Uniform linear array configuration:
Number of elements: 4
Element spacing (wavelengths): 0.75
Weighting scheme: kaiser
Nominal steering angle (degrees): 0
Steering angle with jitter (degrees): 1.243
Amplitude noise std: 0.05
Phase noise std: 0.05

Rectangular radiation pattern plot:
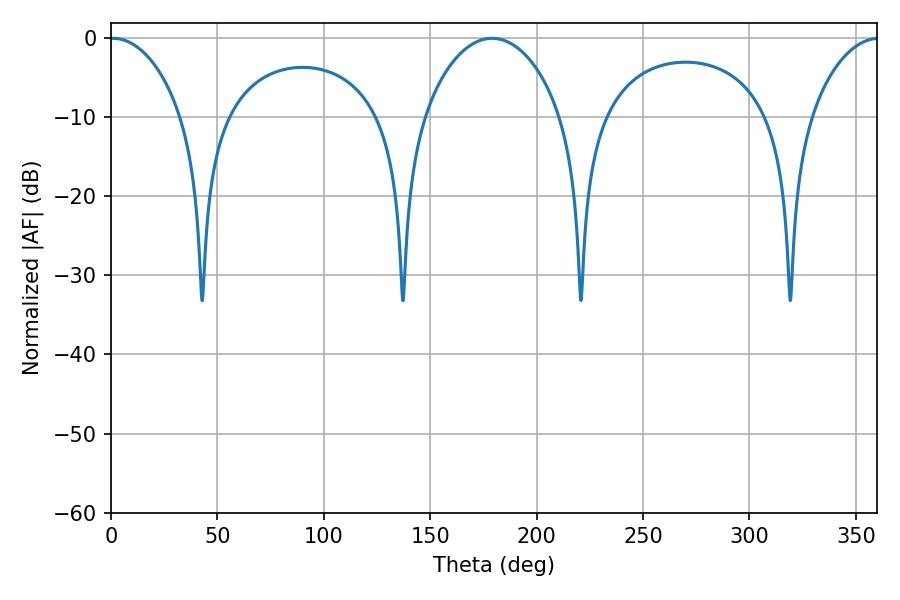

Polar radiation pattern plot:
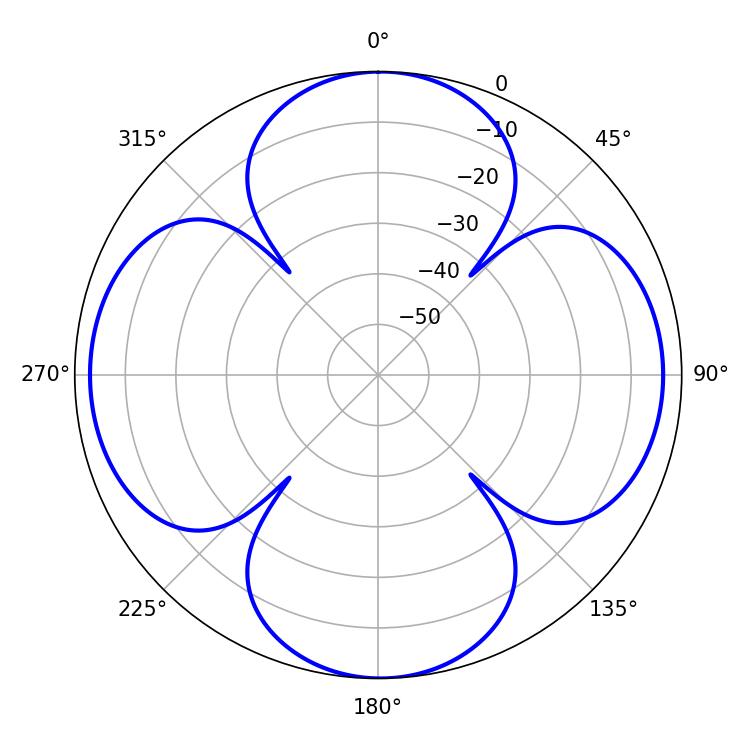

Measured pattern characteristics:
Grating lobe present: TRUE
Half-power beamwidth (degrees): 19.44
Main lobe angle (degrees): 0.9